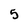
Character: 5